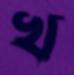
খ